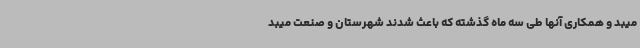
میبد و همکاری آنها طی سه ماه گذشته که باعث شدند شهرستان و صنعت میبد